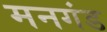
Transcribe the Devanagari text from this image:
मनगंड